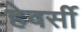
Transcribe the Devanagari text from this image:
हेवर्सी